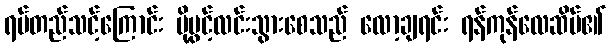
ရပ်တည်သင့်ကြောင်း ပို့ပွင့်လင်းသွားစေသည် လော့ချရင်း ရန်ကုန်လေဆိပ်၏